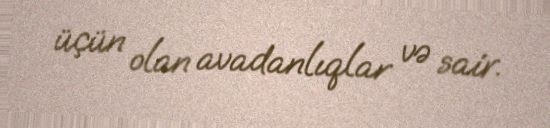
üçün olan avadanlıqlar və sair.